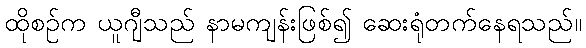
ထိုစဉ်က ယူဂျီသည် နာမကျန်းဖြစ်၍ ဆေးရုံတက်နေရသည်။